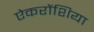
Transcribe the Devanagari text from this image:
ऐकरोंशिया